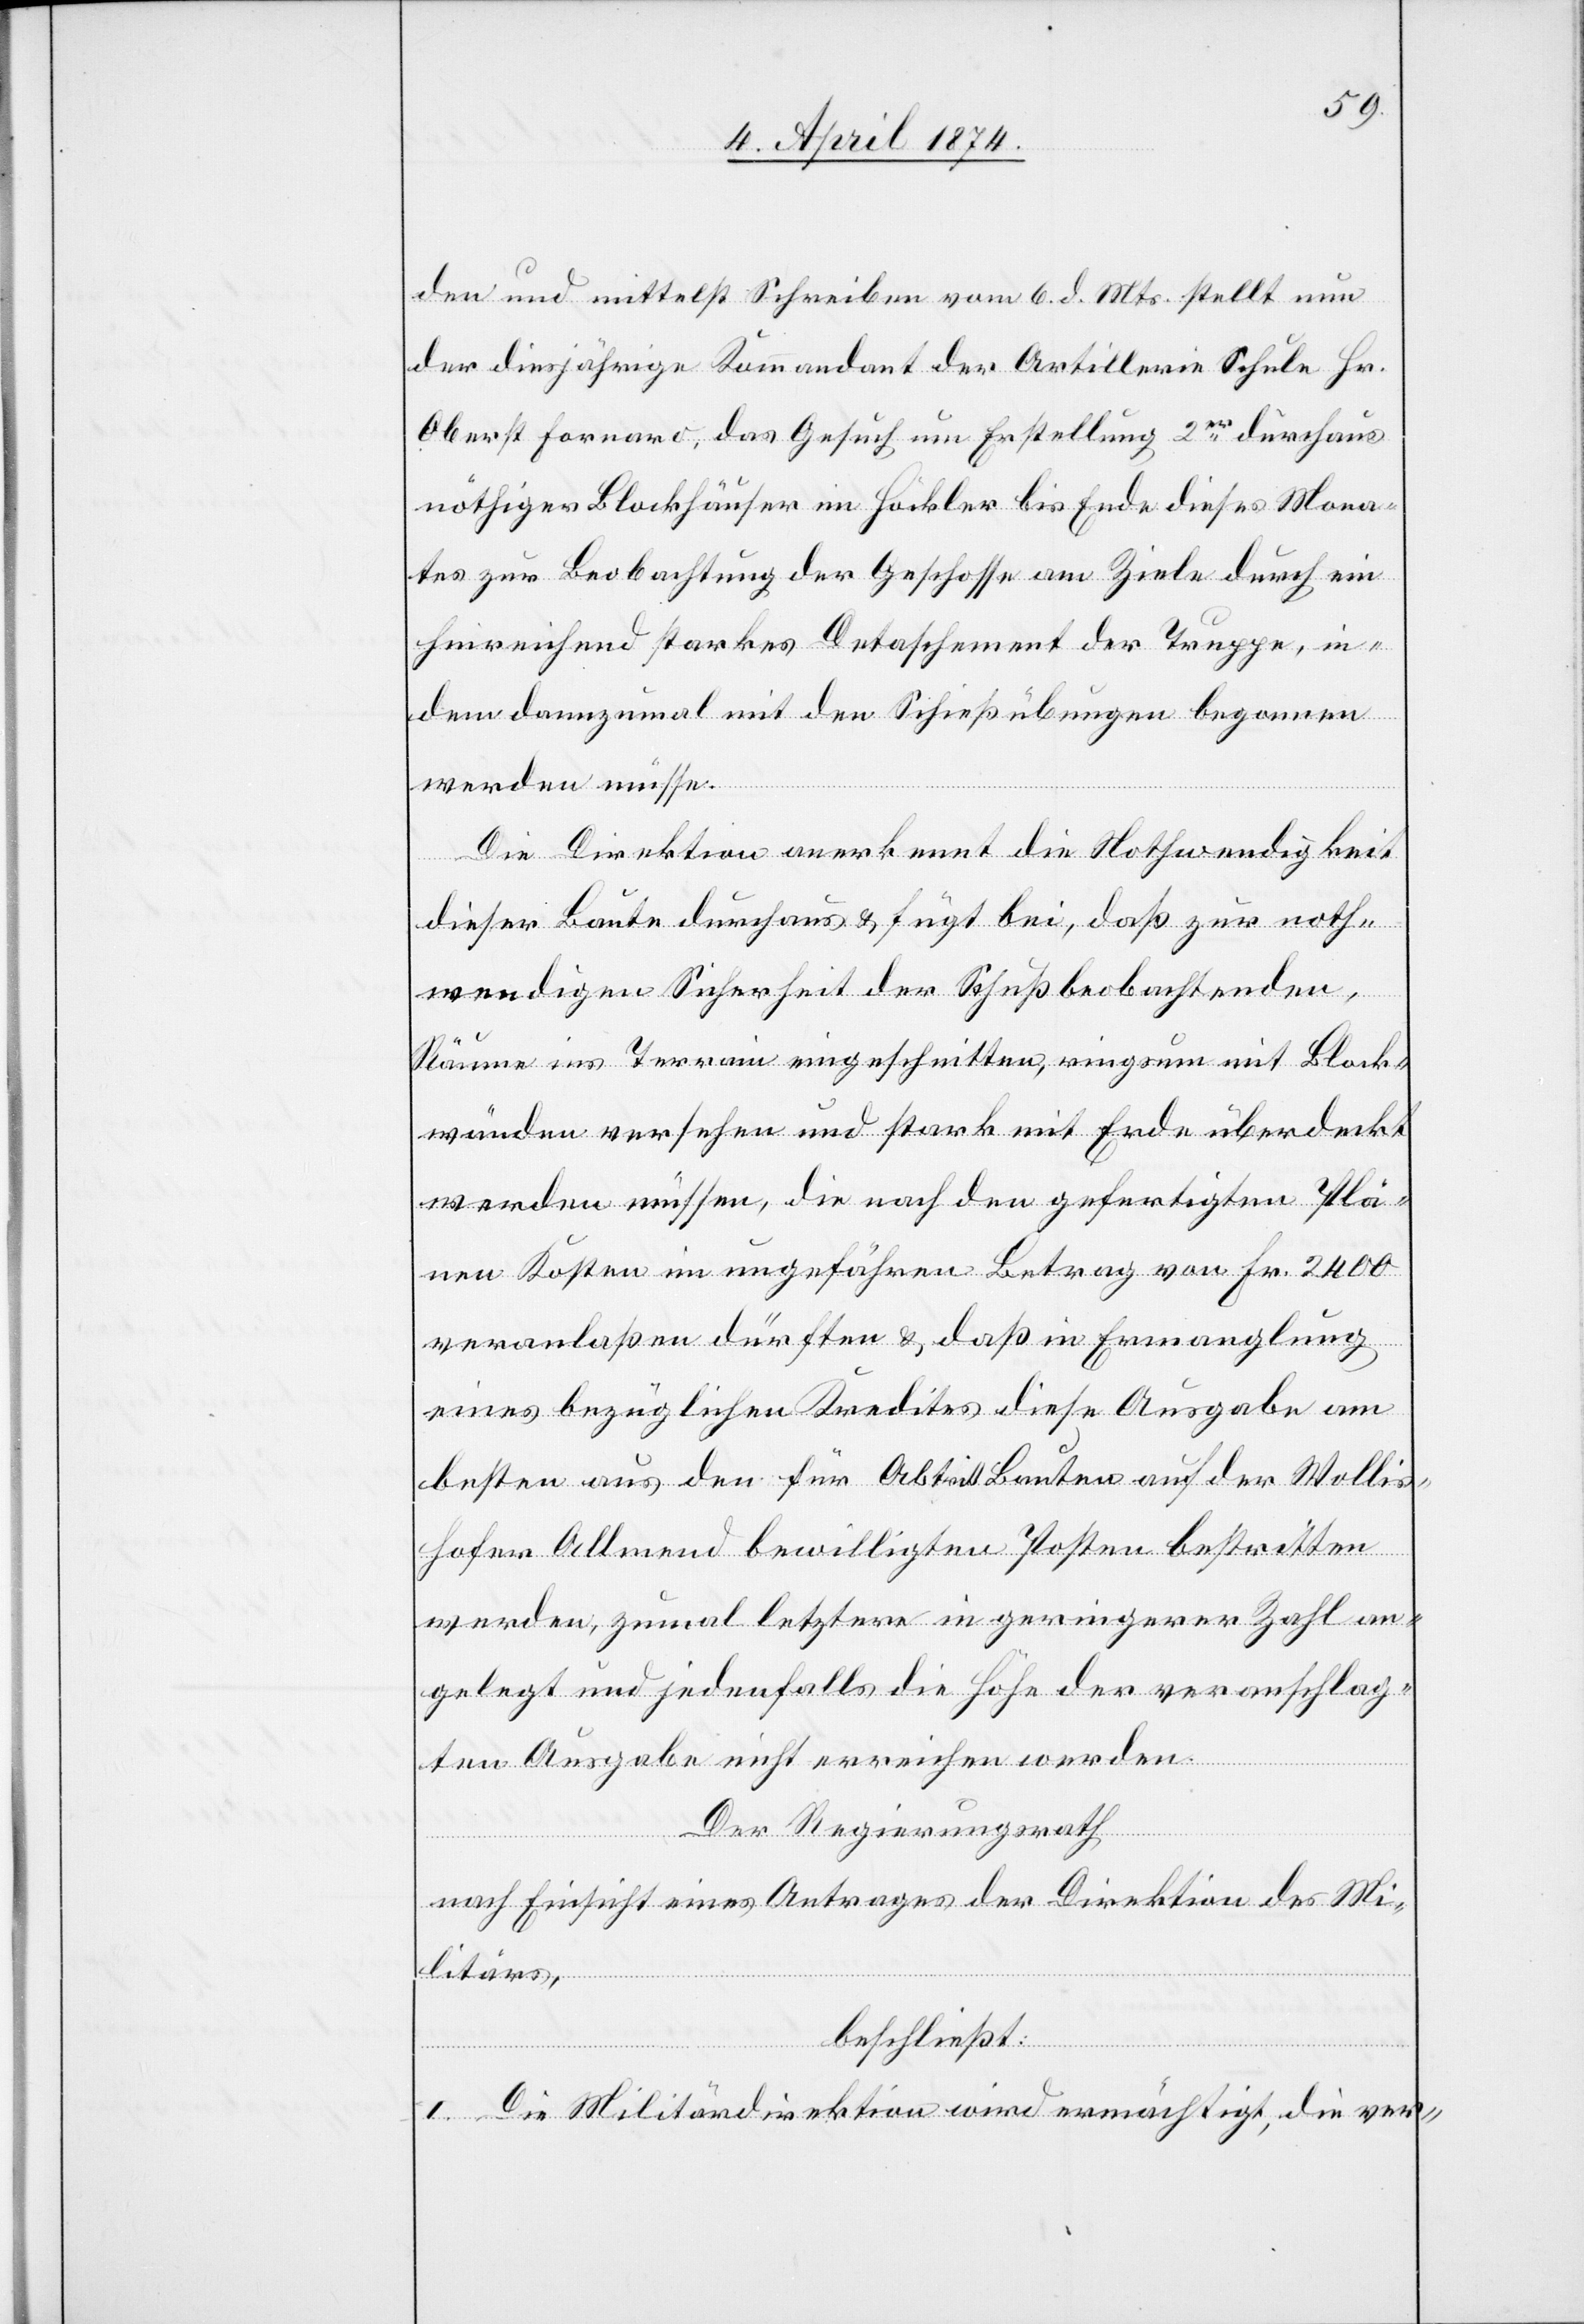
den und mittelst Schreiben vom 6. d. Mts. stellt nun
der diesjährige Kommandant der Artillerie Schule Hr.
Oberst Fornaro, das Gesuch um Erstellung 2er durchaus
nöthiger Blockhäuser im Höckler bis Ende dieses Mona¬
tes zur Beobachtung der Geschosse am Ziele durch ein
hinreichend starkes Detaschement der Truppe, in¬
dem dannzumal mit den Schießübungen begonnen
werden müsse.
Die Direktion anerkennt die Nothwendigkeit
dieser Baute durchaus u. fügt bei, daß zur noth¬
wendigen Sicherheit der Schußbeobachtenden,
Räume ins Terrain eingeschnitten, ringsum mit Block¬
wänden versehen und stark mit Erde überdeckt
werden müssen, die nach den gefertigten Plä¬
nen Kosten im ungefähren Betrag von Fr. 2400
veranlaßen dürften u. daß in Ermanglung
eines bezüglichen Kredites diese Ausgabe am
besten aus den für Abtritt Bauten auf der Wollis¬
hofer Allmend bewilligten Posten bestritten
werden, zumal letztere in geringerer Zahl an¬
gelegt und jedenfalls die Höhe der veranschlag¬
ten Ausgabe nicht erreichen werden.
Der Regierungsrath
nach Einsicht eines Antrages der Direktion des Mi¬
litärs,
beschließt:
I. Die Militärdirektion wird ermächtigt, die ver-